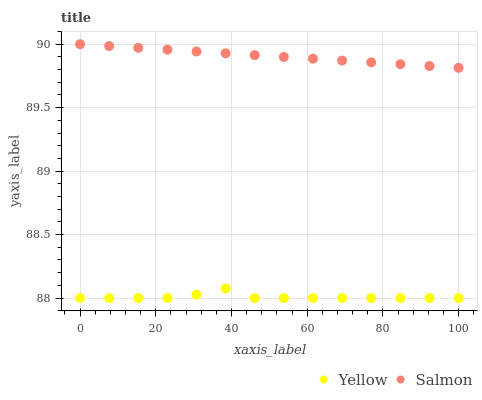
| xaxis_label | Yellow | Salmon |
 | --- | --- | --- |
 | 0 | 88 | 90 |
 | 7.69 | 88 | 90 |
 | 15.4 | 88 | 90 |
 | 23.1 | 88 | 90 |
 | 30.8 | 88 | 89.9 |
 | 38.5 | 88.1 | 89.9 |
 | 46.2 | 88 | 89.9 |
 | 53.8 | 88 | 89.9 |
 | 61.5 | 88 | 89.9 |
 | 69.2 | 88 | 89.9 |
 | 76.9 | 88 | 89.9 |
 | 84.6 | 88 | 89.8 |
 | 92.3 | 88 | 89.8 |
 | 100 | 88 | 89.8 |